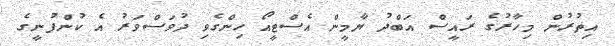
އިތުރުން މިހާރުގެ ރައީސް އަބްދު ޔާމީން އެސްޓީއޯ ހިންގެވި ދުވަސްވަރު އެ ކުންފުނީގެ